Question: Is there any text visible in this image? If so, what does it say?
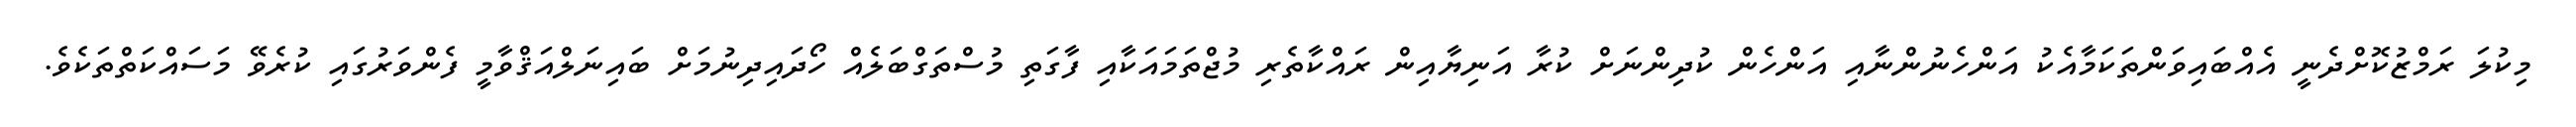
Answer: މިކުލަ ރަމްޒުކޮށްދެނީ އެއްބައިވަންތަކަމާއެކު އަންހެނުންނާއި އަންހެން ކުދިންނަށް ކުރާ އަނިޔާއިން ރައްކާތެރި މުޖްތަމައަކާއި ފާގަތި މުސްތަގްބަލެއް ހޯދައިދިނުމަށް ބައިނަލްއަޤްވާމީ ފެންވަރުގައި ކުރެވޭ މަސައްކަތްތަކެވެ.